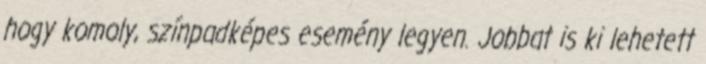
hogy komoly, színpadképes esemény legyen. Jobbat is ki lehetett